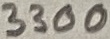
Text: 3300